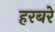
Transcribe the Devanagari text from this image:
हरबरे